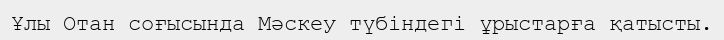
Ұлы Отан соғысында Мәскеу түбіндегі ұрыстарға қатысты.